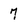
Character: 7